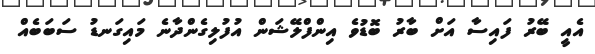
އެއީ ބޭރު ފައިސާ އަށް ބާރު ބޮޑުވެ އިންފްލޭޝަން އުފުލިގެންދާނެ މައިގަނޑު ސަބަބެއް